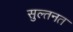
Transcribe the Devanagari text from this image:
सुल्तनत